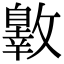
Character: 𣀐